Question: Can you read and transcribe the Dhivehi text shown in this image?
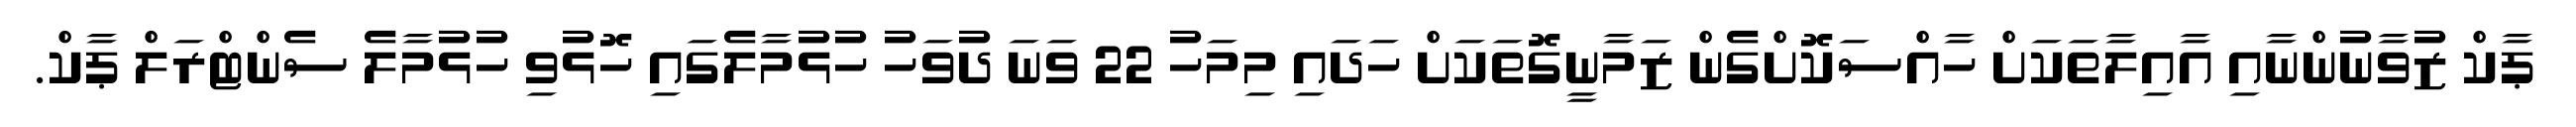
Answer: ޕާކް ޒުވާނުންނާއި އާއިލާތަކަށް ހާއްސަކޮށްގެން ޒަމާނީގޮތަކަށް ހަދައި މިމަހު 22 ވަނަ ދުވަހު ހުޅުމާލެގައި ހޮޅުވި ހުޅުމާލެ ސެންޓްރަލް ޕާކް.